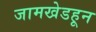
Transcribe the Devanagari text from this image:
जामखेडहून